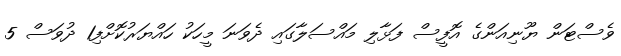
ވެސްޓަން ޔޫނިއަންގެ އޮފީސް ފަޅާލި މައްސަލާގައި ދެވަނަ މީހަކު ހައްޔަރުކޮށްފި1 ދުވަސް 5